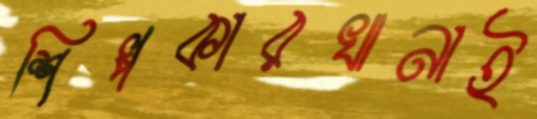
শিল্পকারখানাই